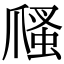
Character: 𤔢